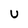
Character: U